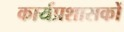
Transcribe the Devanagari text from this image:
कार्यप्रशासकों